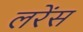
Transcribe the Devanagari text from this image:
लरेंस